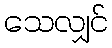
သေလျှင်